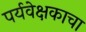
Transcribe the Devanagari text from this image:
पर्यवेक्षकाचा